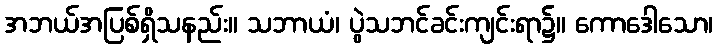
အဘယ်အပြစ်ရှိသနည်း။ သဘာယံ၊ ပွဲသဘင်ခင်းကျင်းရာ၌။ ကောဒေါသော၊